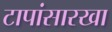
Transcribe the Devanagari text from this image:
टापांसारखा